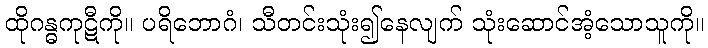
ထိုဂန္ဓကုဋီကို။ ပရိဘောဂံ၊ သီတင်းသုံး၍နေလျက် သုံးဆောင်အံ့သောသူကို။